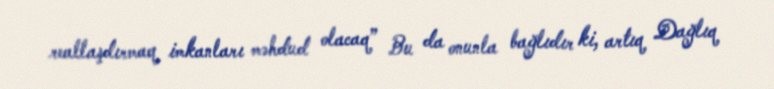
reallaşdırmaq imkanları məhdud olacaq” Bu da onunla bağlıdır ki, artıq Dağlıq